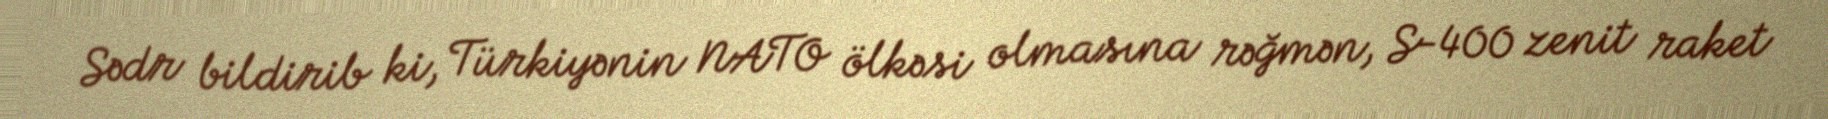
Sədr bildirib ki, Türkiyənin NATO ölkəsi olmasına rəğmən, S-400 zenit raket